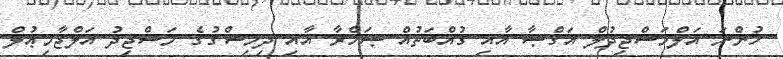
ހުންނަ އަލްމަސްޖިދުލް އަޤްޞާ އާއި ޤުއްބަތުއް ޞަޚްރާ އާއި ދިމިޝްޤުގެ މަސްޖިދު އަލްޖާމިޢުލް